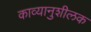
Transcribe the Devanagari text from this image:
काव्यानुशीलक